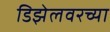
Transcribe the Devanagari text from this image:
डिझेलवरच्या